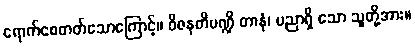
ရောက်စေတတ်သောကြောင့်။ ဝိဇနတိပဏ္ဍိ တာနံ၊ ပညာရှိ သော သူတို့အား။